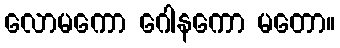
လောမကော ဂေါနကော မတော။